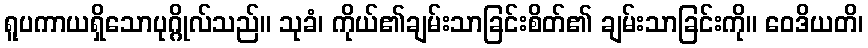
ရူပကာယရှိသောပုဂ္ဂိုလ်သည်။ သုခံ၊ ကိုယ်၏ချမ်းသာခြင်းစိတ်၏ ချမ်းသာခြင်းကို။ ဝေဒိယတိ၊